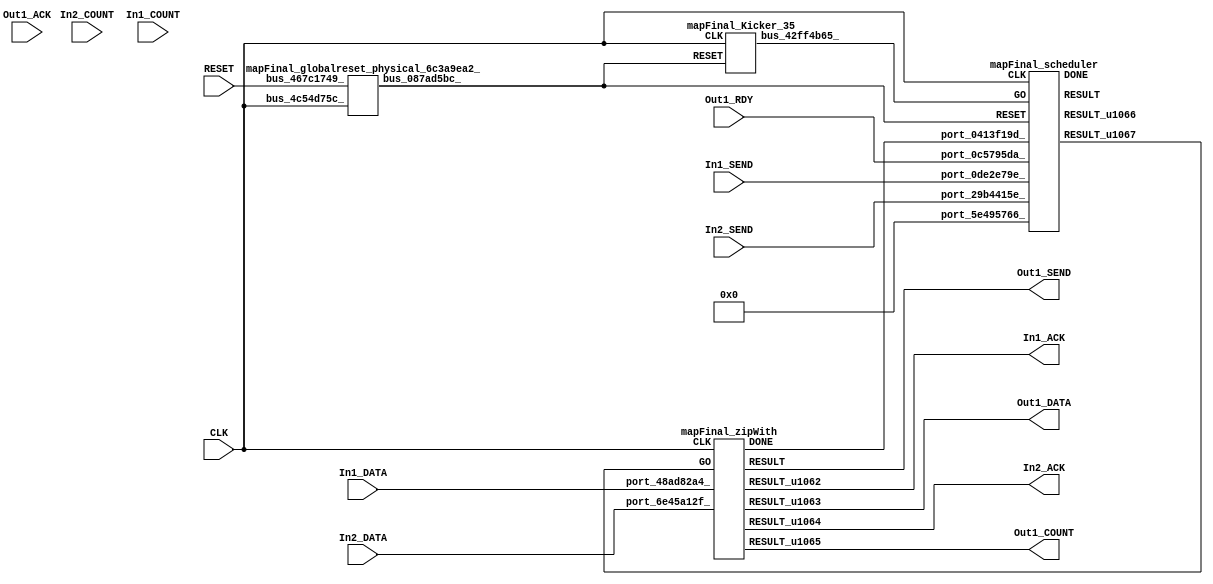
// __  ___ __ ___  _ __   ___  ___ 
// \ \/ / '__/ _ \| '_ \ / _ \/ __|
//  >  <| | | (_) | | | | (_) \__ \
// /_/\_\_|  \___/|_| |_|\___/|___/
// 
// Xronos synthesizer version
// Run date: Thu 2 Nov 2017 13:58:38 +0000
// 

module mapFinal(In2_SEND, In1_ACK, In1_DATA, In2_COUNT, Out1_SEND, CLK, In1_COUNT, In1_SEND, Out1_COUNT, RESET, Out1_RDY, In2_DATA, Out1_ACK, Out1_DATA, In2_ACK);
input		In2_SEND;
output		In1_ACK;
input	[15:0]	In1_DATA;
input	[15:0]	In2_COUNT;
output		Out1_SEND;
wire		zipWith_go;
input		CLK;
input	[15:0]	In1_COUNT;
input		In1_SEND;
output	[15:0]	Out1_COUNT;
input		RESET;
input		Out1_RDY;
input	[15:0]	In2_DATA;
input		Out1_ACK;
output	[15:0]	Out1_DATA;
output		In2_ACK;
wire		zipWith_done;
wire		zipWith_u7;
wire		zipWith;
wire	[15:0]	zipWith_u6;
wire	[15:0]	zipWith_u8;
wire		mapFinal_zipWith_instance_DONE;
wire		zipWith_u5;
wire		bus_087ad5bc_;
wire		bus_0e8e02f6_;
wire		bus_42ff4b65_;
wire	[31:0]	scheduler_u163;
wire		mapFinal_scheduler_instance_DONE;
wire		scheduler_u164;
wire		scheduler;
wire	[31:0]	bus_7a8ec024_;
assign In1_ACK=zipWith_u5;
assign Out1_SEND=zipWith;
assign zipWith_go=scheduler_u164;
assign Out1_COUNT=zipWith_u8;
assign Out1_DATA=zipWith_u6;
assign In2_ACK=zipWith_u7;
assign zipWith_done=bus_0e8e02f6_;
mapFinal_zipWith mapFinal_zipWith_instance(.CLK(CLK), .GO(zipWith_go), .port_6e45a12f_(In2_DATA), 
  .port_48ad82a4_(In1_DATA), .DONE(mapFinal_zipWith_instance_DONE), .RESULT(zipWith), 
  .RESULT_u1062(zipWith_u5), .RESULT_u1063(zipWith_u6), .RESULT_u1064(zipWith_u7), 
  .RESULT_u1065(zipWith_u8));
mapFinal_globalreset_physical_6c3a9ea2_ mapFinal_globalreset_physical_6c3a9ea2__1(.bus_4c54d75c_(CLK), 
  .bus_467c1749_(RESET), .bus_087ad5bc_(bus_087ad5bc_));
assign bus_0e8e02f6_=mapFinal_zipWith_instance_DONE&{1{mapFinal_zipWith_instance_DONE}};
mapFinal_Kicker_35 mapFinal_Kicker_35_1(.CLK(CLK), .RESET(bus_087ad5bc_), .bus_42ff4b65_(bus_42ff4b65_));
mapFinal_scheduler mapFinal_scheduler_instance(.CLK(CLK), .RESET(bus_087ad5bc_), 
  .GO(bus_42ff4b65_), .port_5e495766_(32'h0), .port_29b4415e_(In2_SEND), .port_0c5795da_(Out1_RDY), 
  .port_0de2e79e_(In1_SEND), .port_0413f19d_(zipWith_done), .DONE(mapFinal_scheduler_instance_DONE), 
  .RESULT(scheduler), .RESULT_u1066(scheduler_u163), .RESULT_u1067(scheduler_u164));
mapFinal_stateVar_fsmState_mapFinal mapFinal_stateVar_fsmState_mapFinal_1(.bus_1b76ef71_(CLK), 
  .bus_1022a941_(bus_087ad5bc_), .bus_06602f1c_(scheduler), .bus_2fac997e_(32'h0), 
  .bus_7a8ec024_(bus_7a8ec024_));
endmodule



module mapFinal_zipWith(CLK, GO, port_6e45a12f_, port_48ad82a4_, RESULT, RESULT_u1062, RESULT_u1063, RESULT_u1064, RESULT_u1065, DONE);
input		CLK;
input		GO;
input	[15:0]	port_6e45a12f_;
input	[15:0]	port_48ad82a4_;
output		RESULT;
output		RESULT_u1062;
output	[15:0]	RESULT_u1063;
output		RESULT_u1064;
output	[15:0]	RESULT_u1065;
output		DONE;
wire		simplePinWrite;
wire		simplePinWrite_u307;
wire	[15:0]	add;
wire		simplePinWrite_u308;
wire	[15:0]	simplePinWrite_u309;
wire	[15:0]	simplePinWrite_u310;
assign simplePinWrite=GO&{1{GO}};
assign simplePinWrite_u307=GO&{1{GO}};
assign add=port_48ad82a4_+port_6e45a12f_;
assign simplePinWrite_u308=GO&{1{GO}};
assign simplePinWrite_u309=add;
assign simplePinWrite_u310=16'h1&{16{1'h1}};
assign RESULT=simplePinWrite_u308;
assign RESULT_u1062=simplePinWrite;
assign RESULT_u1063=simplePinWrite_u309;
assign RESULT_u1064=simplePinWrite_u307;
assign RESULT_u1065=simplePinWrite_u310;
assign DONE=GO;
endmodule



module mapFinal_globalreset_physical_6c3a9ea2_(bus_4c54d75c_, bus_467c1749_, bus_087ad5bc_);
input		bus_4c54d75c_;
input		bus_467c1749_;
output		bus_087ad5bc_;
reg		sample_u31=1'h0;
wire		or_40833bf3_u0;
wire		not_30637312_u0;
reg		cross_u31=1'h0;
reg		glitch_u31=1'h0;
reg		final_u31=1'h1;
wire		and_0c4da0a0_u0;
always @(posedge bus_4c54d75c_)
begin
sample_u31<=1'h1;
end
assign or_40833bf3_u0=bus_467c1749_|final_u31;
assign not_30637312_u0=~and_0c4da0a0_u0;
always @(posedge bus_4c54d75c_)
begin
cross_u31<=sample_u31;
end
always @(posedge bus_4c54d75c_)
begin
glitch_u31<=cross_u31;
end
assign bus_087ad5bc_=or_40833bf3_u0;
always @(posedge bus_4c54d75c_)
begin
final_u31<=not_30637312_u0;
end
assign and_0c4da0a0_u0=cross_u31&glitch_u31;
endmodule



module mapFinal_Kicker_35(CLK, RESET, bus_42ff4b65_);
input		CLK;
input		RESET;
output		bus_42ff4b65_;
wire		bus_291dbd33_;
wire		bus_7c5c4c5e_;
reg		kicker_2=1'h0;
wire		bus_434d8de6_;
wire		bus_5e721baf_;
reg		kicker_res=1'h0;
reg		kicker_1=1'h0;
assign bus_291dbd33_=~kicker_2;
assign bus_7c5c4c5e_=bus_434d8de6_&kicker_1;
always @(posedge CLK)
begin
kicker_2<=bus_7c5c4c5e_;
end
assign bus_42ff4b65_=kicker_res;
assign bus_434d8de6_=~RESET;
assign bus_5e721baf_=kicker_1&bus_434d8de6_&bus_291dbd33_;
always @(posedge CLK)
begin
kicker_res<=bus_5e721baf_;
end
always @(posedge CLK)
begin
kicker_1<=bus_434d8de6_;
end
endmodule



module mapFinal_scheduler(CLK, RESET, GO, port_5e495766_, port_29b4415e_, port_0c5795da_, port_0de2e79e_, port_0413f19d_, RESULT, RESULT_u1066, RESULT_u1067, DONE);
input		CLK;
input		RESET;
input		GO;
input	[31:0]	port_5e495766_;
input		port_29b4415e_;
input		port_0c5795da_;
input		port_0de2e79e_;
input		port_0413f19d_;
output		RESULT;
output	[31:0]	RESULT_u1066;
output		RESULT_u1067;
output		DONE;
wire		andOp;
wire		equals;
wire signed	[31:0]	equals_a_signed;
wire signed	[31:0]	equals_b_signed;
wire		not_u339_u0;
wire		and_u1728_u0;
wire		and_u1729_u0;
wire		not_u340_u0;
wire		and_u1730_u0;
wire		and_u1731_u0;
wire		and_u1732_u0;
wire		and_u1733_u0;
wire		not_u341_u0;
wire		simplePinWrite;
wire		and_u1734_u0;
wire		and_u1735_u0;
wire		and_u1736_u0;
reg		reg_7ad5a5ec_u0=1'h0;
wire		and_u1737_u0;
wire		or_u475_u0;
reg		reg_1ec56ea5_u0=1'h0;
wire		or_u476_u0;
reg		reg_5a887258_u0=1'h0;
assign andOp=port_0de2e79e_&port_29b4415e_;
assign equals_a_signed=32'h0;
assign equals_b_signed=32'h0;
assign equals=equals_a_signed==equals_b_signed;
assign not_u339_u0=~equals;
assign and_u1728_u0=and_u1737_u0&equals;
assign and_u1729_u0=and_u1737_u0&not_u339_u0;
assign not_u340_u0=~andOp;
assign and_u1730_u0=and_u1736_u0&not_u340_u0;
assign and_u1731_u0=and_u1736_u0&andOp;
assign and_u1732_u0=and_u1735_u0&port_0c5795da_;
assign and_u1733_u0=and_u1735_u0&not_u341_u0;
assign not_u341_u0=~port_0c5795da_;
assign simplePinWrite=and_u1734_u0&{1{and_u1734_u0}};
assign and_u1734_u0=and_u1732_u0&and_u1735_u0;
assign and_u1735_u0=and_u1731_u0&and_u1736_u0;
assign and_u1736_u0=and_u1728_u0&and_u1737_u0;
always @(posedge CLK or posedge RESET)
begin
if (RESET)
reg_7ad5a5ec_u0<=1'h0;
else reg_7ad5a5ec_u0<=and_u1737_u0;
end
assign and_u1737_u0=or_u475_u0&or_u475_u0;
assign or_u475_u0=reg_1ec56ea5_u0|reg_7ad5a5ec_u0;
always @(posedge CLK or posedge RESET)
begin
if (RESET)
reg_1ec56ea5_u0<=1'h0;
else reg_1ec56ea5_u0<=reg_5a887258_u0;
end
assign or_u476_u0=GO|and_u1734_u0;
always @(posedge CLK or posedge RESET)
begin
if (RESET)
reg_5a887258_u0<=1'h0;
else reg_5a887258_u0<=GO;
end
assign RESULT=or_u476_u0;
assign RESULT_u1066=32'h0;
assign RESULT_u1067=simplePinWrite;
assign DONE=1'h0;
endmodule



module mapFinal_endianswapper_05d5a773_(endianswapper_05d5a773_in, endianswapper_05d5a773_out);
input	[31:0]	endianswapper_05d5a773_in;
output	[31:0]	endianswapper_05d5a773_out;
assign endianswapper_05d5a773_out=32'h0;
endmodule



module mapFinal_endianswapper_72a9651e_(endianswapper_72a9651e_in, endianswapper_72a9651e_out);
input	[31:0]	endianswapper_72a9651e_in;
output	[31:0]	endianswapper_72a9651e_out;
assign endianswapper_72a9651e_out=32'h0;
endmodule



module mapFinal_stateVar_fsmState_mapFinal(bus_1b76ef71_, bus_1022a941_, bus_06602f1c_, bus_2fac997e_, bus_7a8ec024_);
input		bus_1b76ef71_;
input		bus_1022a941_;
input		bus_06602f1c_;
input	[31:0]	bus_2fac997e_;
output	[31:0]	bus_7a8ec024_;
wire	[31:0]	endianswapper_05d5a773_out;
wire	[31:0]	endianswapper_72a9651e_out;
mapFinal_endianswapper_05d5a773_ mapFinal_endianswapper_05d5a773__1(.endianswapper_05d5a773_in(32'h0), 
  .endianswapper_05d5a773_out(endianswapper_05d5a773_out));
mapFinal_endianswapper_72a9651e_ mapFinal_endianswapper_72a9651e__1(.endianswapper_72a9651e_in(32'h0), 
  .endianswapper_72a9651e_out(endianswapper_72a9651e_out));
assign bus_7a8ec024_=32'h0;
endmodule